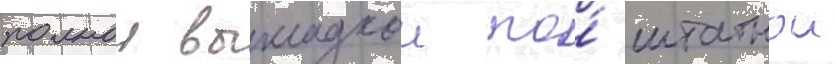
полнои выкладкои по́ штатнои